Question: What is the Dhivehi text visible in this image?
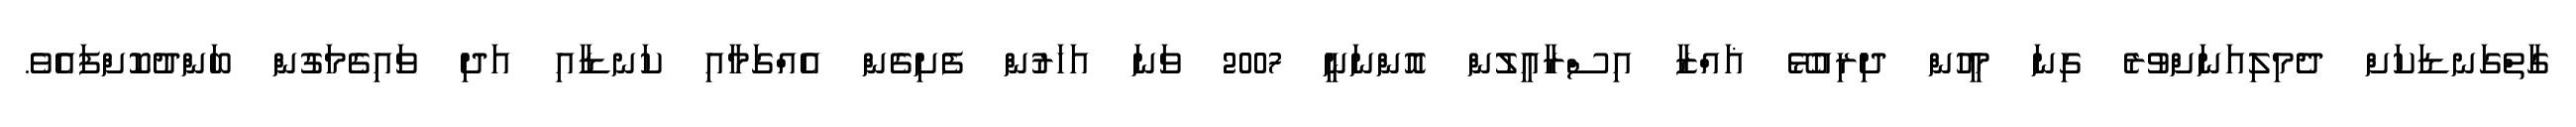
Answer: ގާތްގަނޑަކަށް ދެމިލިއަނަށްވުރެ ގިނަ މީހުން ދިރިއުޅޭ ޣައްޒާ އިސްރާއީލުން އޮންނަނީ 2007 ވަނަ އަހަރުން ފެށިގެން އެއްގަމާއި ކަނޑާއި އަދި ވައިގެމަގުން ބަންދުކޮށްފައެވެ.